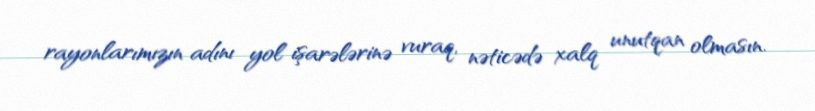
rayonlarımızın adını yol işarələrinə vuraq, nəticədə xalq unutqan olmasın.